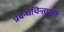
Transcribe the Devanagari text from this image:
प्रबन्धचिन्तामणि